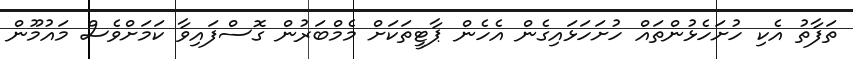
ތަފާތު އެކި ހުށަހެޅުންތައް ހުށަހަޅައިގެން އެހެން ޕާޓީތަކަށް މެމްބަރުން ގޮސްފައިވާ ކަމަށްވެސް މައުމޫން